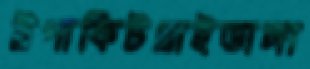
ট্রপাকিটপ্লাইভাঙ্গা